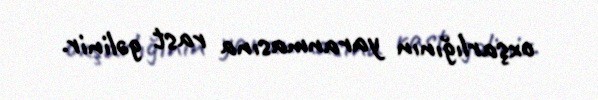
oxşarlığının yaranmasına rast gəlinir.